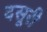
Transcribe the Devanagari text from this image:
दसूरी